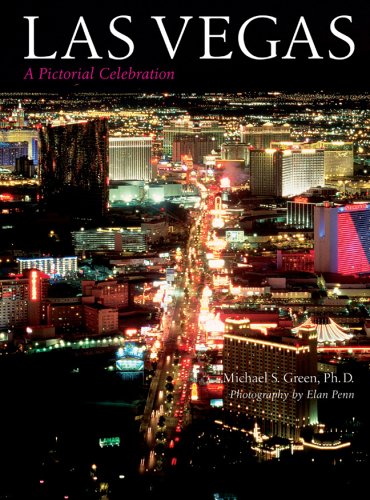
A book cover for Las Vegas: A Pictorial Celebration; Michael S. Green Ph.D.; Travel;